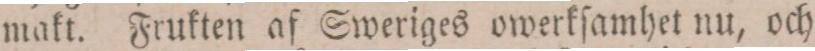
makt. Frukten af Sweriges owerkſamhet nu, och